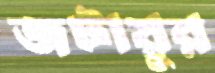
জটায়ুর